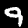
Label: 9